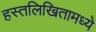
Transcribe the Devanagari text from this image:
हस्तलिखितामध्ये